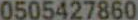
0505427860